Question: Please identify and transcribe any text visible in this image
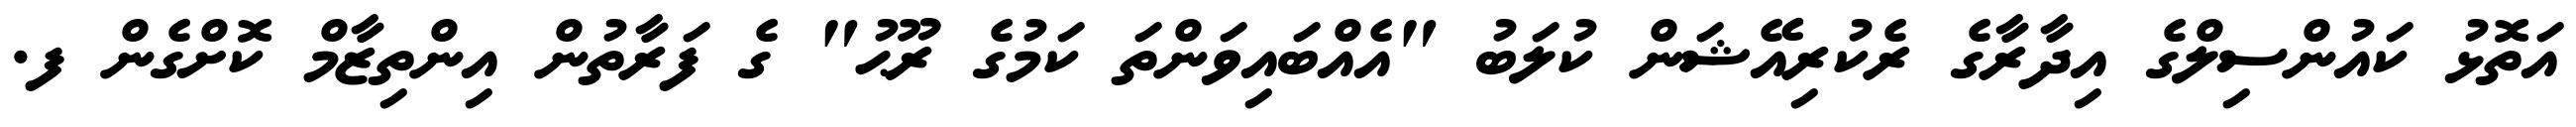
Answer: އަތޮޅު ކައުންސިލްގެ އިދާރާގެ ރެކުރިއޭޝަން ކުލަބު "އެއްބައިވަންތަ ކަމުގެ ރޫޙު" ގެ ފަރާތުން އިންތިޒާމް ކޮށްގެން ފ.